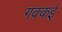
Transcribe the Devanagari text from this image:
गक्‍कई